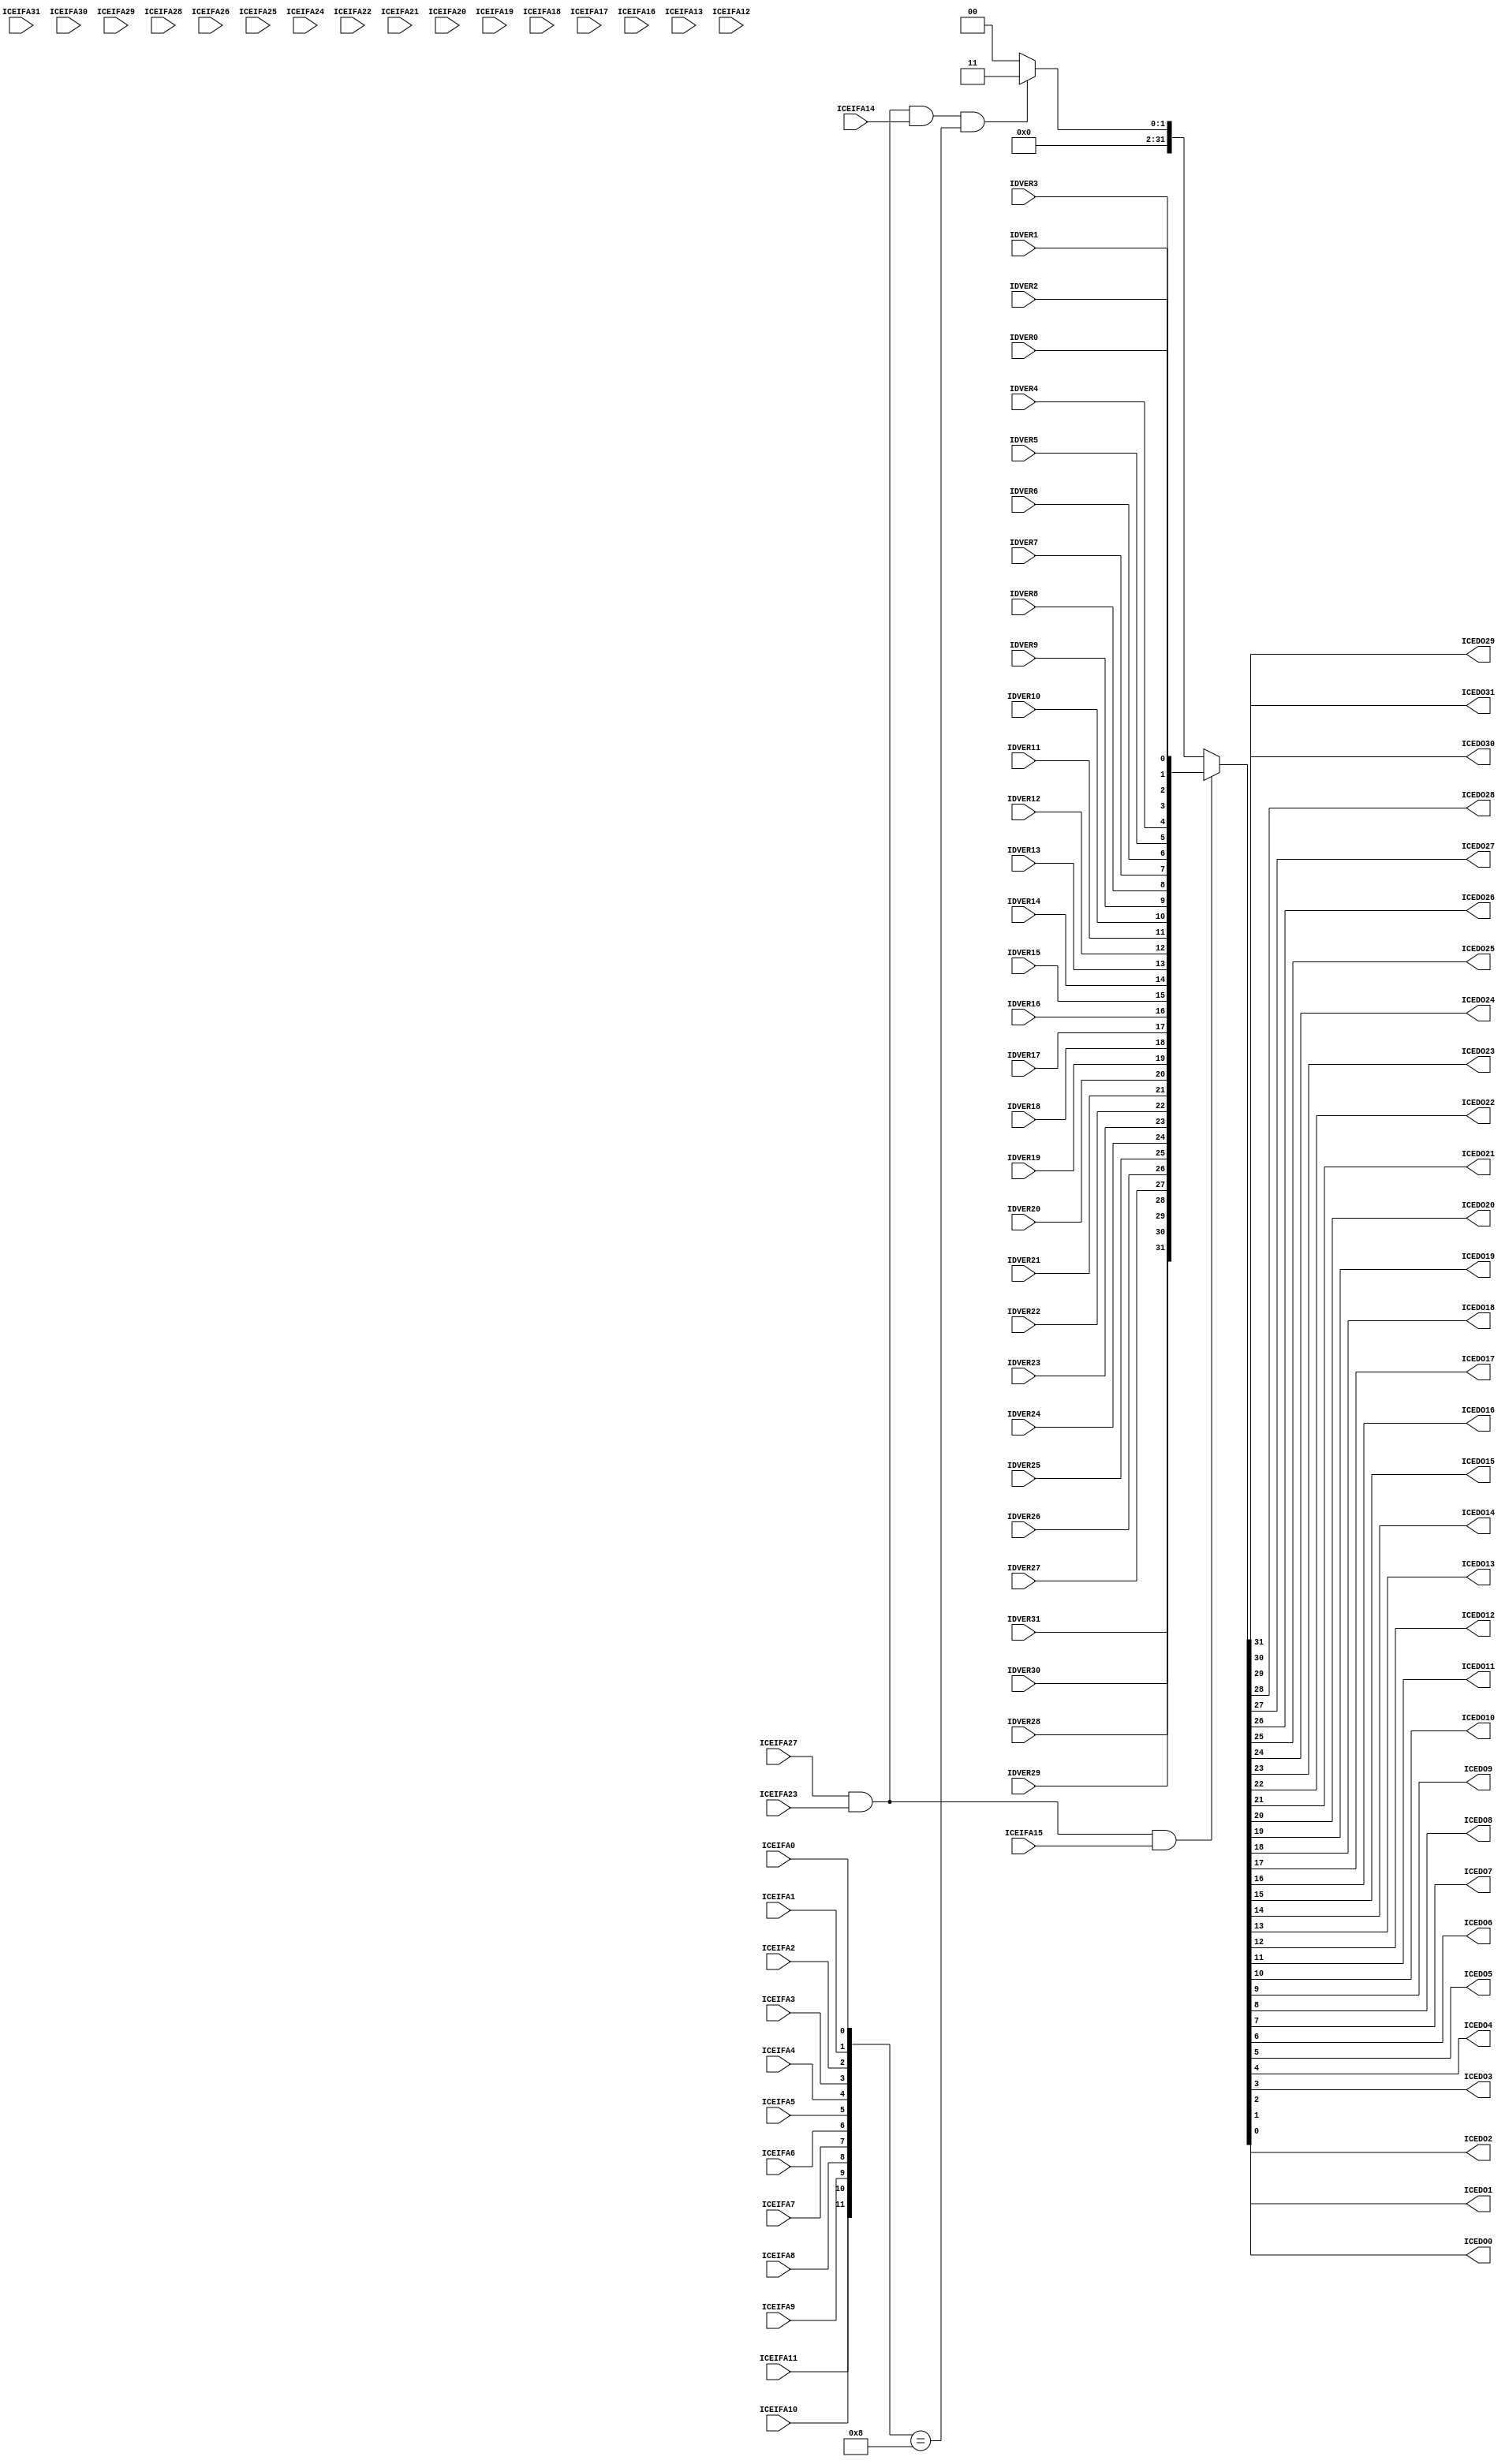

// $Id: idversion.v,v 1.6 2007-10-03 04:02:52 tsuno3 Exp $
// v1.7 : Add FNAVAIL emulation register.
//        And TIMER block 32MHz available.

module IDVERSION (
	IDVER31, IDVER30, IDVER29, IDVER28,
	IDVER27, IDVER26, IDVER25, IDVER24,
	IDVER23, IDVER22, IDVER21, IDVER20,
	IDVER19, IDVER18, IDVER17, IDVER16,
	IDVER15, IDVER14, IDVER13, IDVER12,
	IDVER11, IDVER10, IDVER9, IDVER8,
	IDVER7, IDVER6, IDVER5, IDVER4,
	IDVER3, IDVER2, IDVER1, IDVER0,
	ICEIFA31, ICEIFA30, ICEIFA29, ICEIFA28,
	ICEIFA27, ICEIFA26, ICEIFA25, ICEIFA24,
	ICEIFA23, ICEIFA22, ICEIFA21, ICEIFA20,
	ICEIFA19, ICEIFA18, ICEIFA17, ICEIFA16,
	ICEIFA15, ICEIFA14, ICEIFA13, ICEIFA12,
	ICEIFA11, ICEIFA10, ICEIFA9, ICEIFA8,
	ICEIFA7, ICEIFA6, ICEIFA5, ICEIFA4,
	ICEIFA3, ICEIFA2, ICEIFA1, ICEIFA0,
	ICEDO31, ICEDO30, ICEDO29, ICEDO28,
	ICEDO27, ICEDO26, ICEDO25, ICEDO24,
	ICEDO23, ICEDO22, ICEDO21, ICEDO20,
	ICEDO19, ICEDO18, ICEDO17, ICEDO16,
	ICEDO15, ICEDO14, ICEDO13, ICEDO12,
	ICEDO11, ICEDO10, ICEDO9, ICEDO8,
	ICEDO7, ICEDO6, ICEDO5, ICEDO4,
	ICEDO3, ICEDO2, ICEDO1, ICEDO0
);
	input	IDVER31, IDVER30, IDVER29, IDVER28,
			IDVER27, IDVER26, IDVER25, IDVER24,
			IDVER23, IDVER22, IDVER21, IDVER20,
			IDVER19, IDVER18, IDVER17, IDVER16,
			IDVER15, IDVER14, IDVER13, IDVER12,
			IDVER11, IDVER10, IDVER9, IDVER8,
			IDVER7, IDVER6, IDVER5, IDVER4,
			IDVER3, IDVER2, IDVER1, IDVER0;
	input	ICEIFA31, ICEIFA30, ICEIFA29, ICEIFA28,
			ICEIFA27, ICEIFA26, ICEIFA25, ICEIFA24,
			ICEIFA23, ICEIFA22, ICEIFA21, ICEIFA20,
			ICEIFA19, ICEIFA18, ICEIFA17, ICEIFA16,
			ICEIFA15, ICEIFA14, ICEIFA13, ICEIFA12,
			ICEIFA11, ICEIFA10, ICEIFA9, ICEIFA8,
			ICEIFA7, ICEIFA6, ICEIFA5, ICEIFA4,
			ICEIFA3, ICEIFA2, ICEIFA1, ICEIFA0;
	output	ICEDO31, ICEDO30, ICEDO29, ICEDO28,
			ICEDO27, ICEDO26, ICEDO25, ICEDO24,
			ICEDO23, ICEDO22, ICEDO21, ICEDO20,
			ICEDO19, ICEDO18, ICEDO17, ICEDO16,
			ICEDO15, ICEDO14, ICEDO13, ICEDO12,
			ICEDO11, ICEDO10, ICEDO9, ICEDO8,
			ICEDO7, ICEDO6, ICEDO5, ICEDO4,
			ICEDO3, ICEDO2, ICEDO1, ICEDO0;
	
	wire [31:0] IDVER, ICEDO;
	wire sel_idver;

	assign	{
		ICEDO31, ICEDO30, ICEDO29, ICEDO28, ICEDO27, ICEDO26, ICEDO25, ICEDO24,
		ICEDO23, ICEDO22, ICEDO21, ICEDO20, ICEDO19, ICEDO18, ICEDO17, ICEDO16,
		ICEDO15, ICEDO14, ICEDO13, ICEDO12, ICEDO11, ICEDO10, ICEDO9, ICEDO8,
		ICEDO7, ICEDO6, ICEDO5, ICEDO4, ICEDO3, ICEDO2, ICEDO1, ICEDO0
	} = ICEDO;
	assign	IDVER = {
		IDVER31, IDVER30, IDVER29, IDVER28, IDVER27, IDVER26, IDVER25, IDVER24,
		IDVER23, IDVER22, IDVER21, IDVER20, IDVER19, IDVER18, IDVER17, IDVER16,
		IDVER15, IDVER14, IDVER13, IDVER12, IDVER11, IDVER10, IDVER9, IDVER8,
		IDVER7, IDVER6, IDVER5, IDVER4, IDVER3, IDVER2, IDVER1, IDVER0
	};
	wire [31:0] iceifa = {
		ICEIFA31, ICEIFA30, ICEIFA29, ICEIFA28, ICEIFA27, ICEIFA26, ICEIFA25, ICEIFA24,
		ICEIFA23, ICEIFA22, ICEIFA21, ICEIFA20, ICEIFA19, ICEIFA18, ICEIFA17, ICEIFA16,
		ICEIFA15, ICEIFA14, ICEIFA13, ICEIFA12, ICEIFA11, ICEIFA10, ICEIFA9, ICEIFA8,
		ICEIFA7,  ICEIFA6,  ICEIFA5,  ICEIFA4,  ICEIFA3,  ICEIFA2,  ICEIFA1, ICEIFA0
	};
	assign sel_idver   = iceifa[27] & iceifa[23] & iceifa[15] ;                               // 0880_8xxxH : IDVER
	assign sel_fnavail = iceifa[27] & iceifa[23] & iceifa[14] & { iceifa[11:0] == 12'h008 } ; // 0880_4008H : FNAVAIL

	assign ICEDO = (sel_idver)   ? IDVER :
                       (sel_fnavail) ? {32'b0000_0000_0000_0000__0000_0000_0000_0011} :
  		                        // bit31-2 : Unused
		                        // bit1 : TIMER block 32MHz available
		                        // bit0 : TIMETAG block 32MHz available
                       32'h0000_0000 ;

endmodule